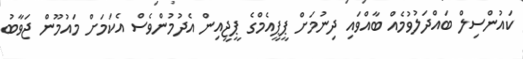
ކައުންސިލް ބައްދަލުވުމެއް ބާއްވައި ދިނުމަށް ޕީޕީއެމްގެ ޕީޖީއިން އެދުމުންވެސް އެކަމަށް މައުމޫން ޖަވާބު